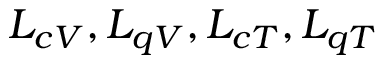
L _ { c V } , L _ { q V } , L _ { c T } , L _ { q T }